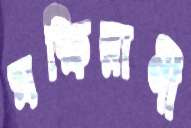
মক্ষিরাণী